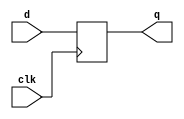
module flopr1(clk,d,q);
  parameter width=32; 
  input clk;
  input [width-1:0] d;
  output reg [width-1:0] q;
  initial
  begin
    q<=0;
  end
  
  always@(posedge clk)
  begin
      q <=d;
  end
    
  endmodule